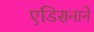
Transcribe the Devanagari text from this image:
एडिसनाने